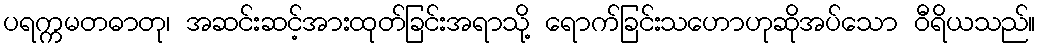
ပရက္ကမတဓာတု၊ အဆင်းဆင့်အားထုတ်ခြင်းအရာသို့ ရောက်ခြင်းသဟောဟုဆိုအပ်သော ဝီရိယသည်။